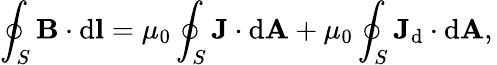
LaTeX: \oint_{S}\mathbf{B}\cdot\mathrm{{d}}\mathbf{l}=\mu_{0}\oint_{S}\mathbf{J}\cdot\mathrm{{d}}\mathbf{A}+\mu_{0}\oint_{S}\mathbf{J}_{\mathrm{{d}}}\cdot\mathrm{{d}}\mathbf{A},\,